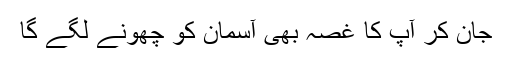
جان کر آپ کا غصہ بھی آسمان کو چھونے لگے گا